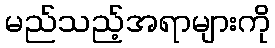
မည်သည့်အရာများကို